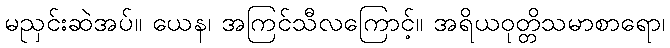
မညှင်းဆဲအပ်။ ယေန၊ အကြင်သီလကြောင့်။ အရိယဝုတ္တိသမာစာရော၊